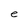
Character: e